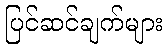
ပြင်ဆင်ချက်များ